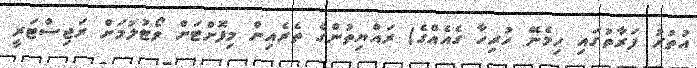
އުތުރު ފަރާތުގައި ހިމެނޭ ހުރިހާ ގެއެއްގެ) ރައްޔިތުންގެ ތެރެއިން މިފޮށްޓަށް ވޯޓުލުމަށް ރަޖިސްޓަރީ